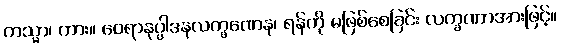
ကသ္မာ၊ ကား။ ဝေရာနုပ္ပါဒနလက္ခဏေန၊ ရန်ကို မဖြစ်စေခြင်း လက္ခဏာအားဖြင့်။